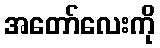
အတော်လေးကို